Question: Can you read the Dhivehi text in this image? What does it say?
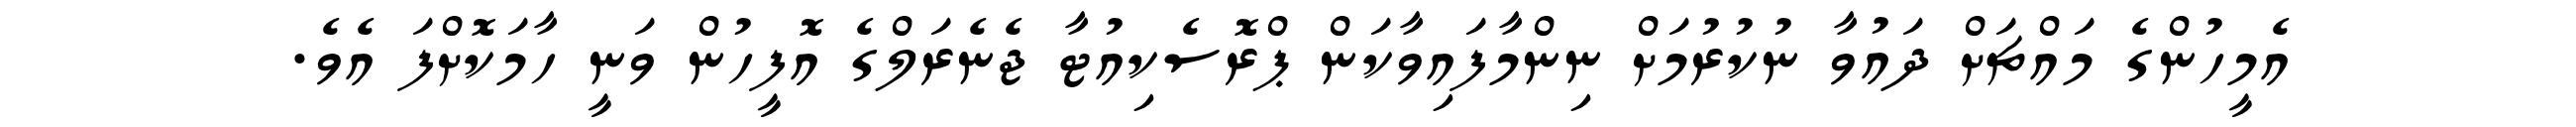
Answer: އެމީހުންގެ މައްޗަށް ދައުވާ ނުކުރުމަށް ނިންމާފައިވާކަން ޕްރޮސެކިއުޓާ ޖެނެރަލްގެ އޮފީހުން ވަނީ ހާމަކޮށްފަ އެވެ.